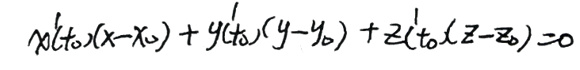
\(x'(t_0)(x - x_0) + y'(t_0)(y - y_0) + z'(t_0)(z - z_0) = 0\)